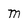
Character: m